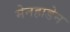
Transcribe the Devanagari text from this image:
मेनहाडेन